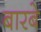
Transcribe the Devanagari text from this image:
बारबे